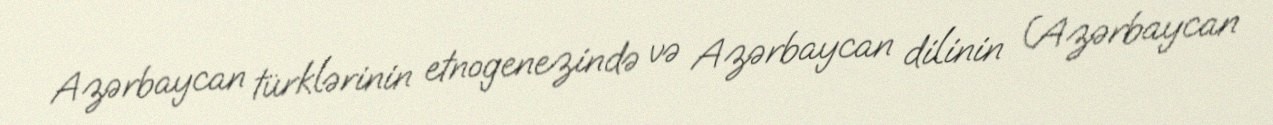
Azərbaycan türklərinin etnogenezində və Azərbaycan dilinin (Azərbaycan